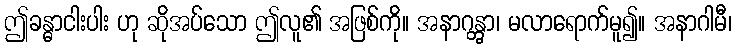
ဤခန္ဓာငါးပါး ဟု ဆိုအပ်သော ဤလူ၏ အဖြစ်ကို။ အနာဂန္တွာ၊ မလာရောက်မူ၍။ အနာဂါမီ၊